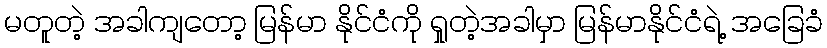
မတူတဲ့ အခါကျတော့ မြန်မာ နိုင်ငံကို ရှုတဲ့အခါမှာ မြန်မာနိုင်ငံရဲ့ အခြေခံ